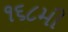
૧૬૮મી